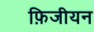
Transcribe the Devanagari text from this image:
फ़िजीयन